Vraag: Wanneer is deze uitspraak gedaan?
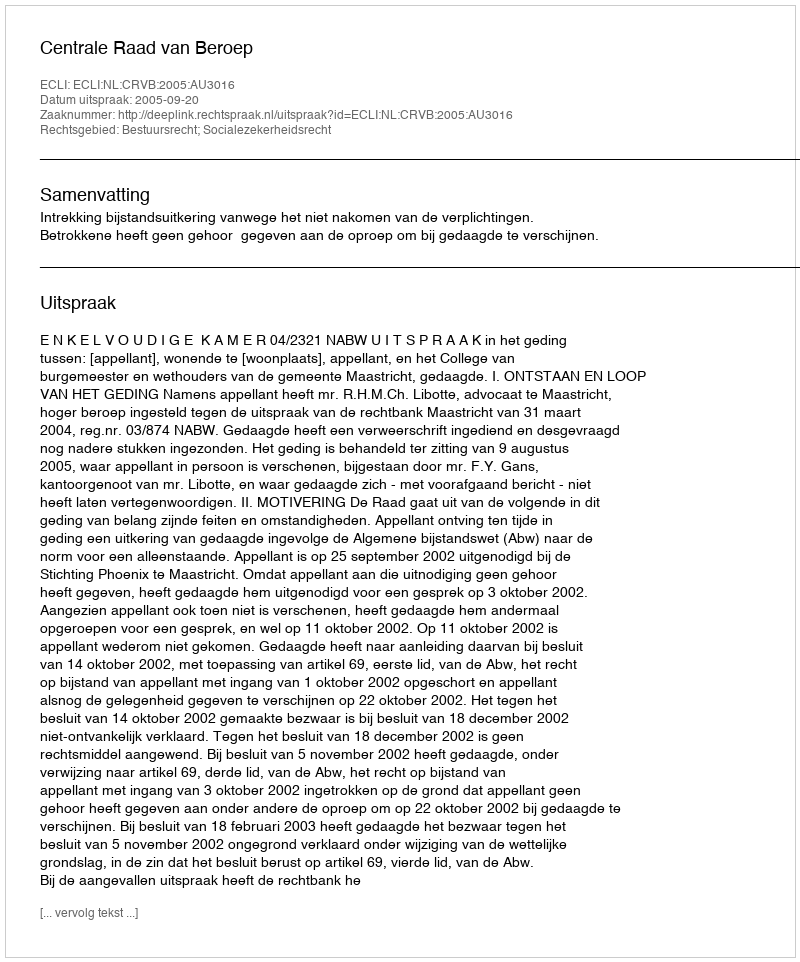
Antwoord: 2005-09-20